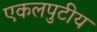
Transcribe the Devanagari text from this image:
एकलपुटीय